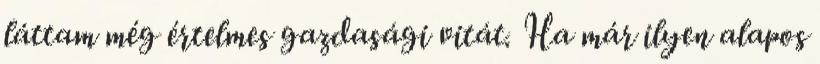
láttam még értelmes gazdasági vitát. Ha már ilyen alapos